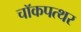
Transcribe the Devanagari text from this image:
चॉकपत्थर